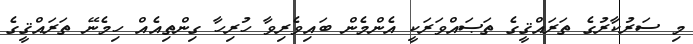
މި ސަރުކާރުގެ ތަރައްޤީގެ ތަޞައްވަރަކީ އެންމެން ބައިވެރިވާ ހުރިހާ ގިންތިއެއް ހިމެނޭ ތަރައްޤީގެ